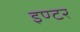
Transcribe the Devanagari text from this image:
इण्‍टर